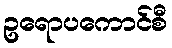
ဥရောပကောင်စီ